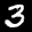
Label: 3